Scottish Leaving Certificate Examination, 1952
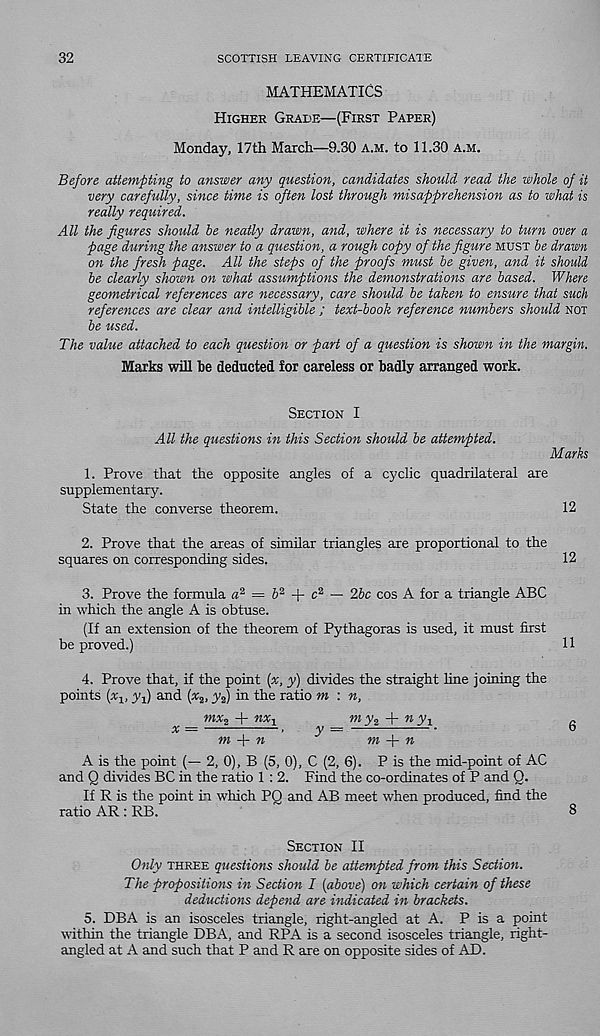
32
SCOTTISH LEAVING CERTIFICATE
MATHEMATICS
Higher Grade—(First Paper)
Monday, 17th March—9.30 a.m. to 11.30 a.m.
Before attempting to answer any question, candidates should read the whole of it
very carefully, since time is often lost through misapprehension as to what is
really required.
All the figures should be neatly drawn, and, where it is necessary to turn over a
page during the answer to a question, a rough copy of the figure must be drawn
on the fresh page. All the steps of the proofs must be given, and it should
be clearly shown on what assumptions the demonstrations are based. Where
geometrical references are necessary, care should be taken to ensure that such
references are clear and intelligible ; text-book reference numbers should not
be used.
The value attached to each question or part of a question is shown in the margin.
Marks will be deducted for careless or badly arranged work.
Section I
All the questions in this Section should be attempted.
Marks
1. Prove that the opposite angles of a cyclic quadrilateral are
supplementary.
State the converse theorem.
12
2. Prove that the areas of similar triangles are proportional to the
squares on corresponding sides.
12
3. Prove the formula « 2 = & 2 + c 2 — 26c cos A for a triangle ABC
in which the angle A is obtuse.
(If an extension of the theorem of Pythagoras is used, it must first
be proved.)
11
4. Prove that, if the point [x, y) divides the straight line joining the
points (%, jq) and (x 2 , y 2 ) in the ratio m : n,
mx 2 + nx 1
m y 2
n y t
g
m -p n
^
m
n
A is the point (— 2, 0), B (5, 0), C (2, 6). P is the mid-point of AC
and Q divides BC in the ratio 1 : 2. Find the co-ordinates of P and Q.
If R is the point in which PQ and AB meet when produced, find the
ratio AR : RB.
8
Section II
Only three questions should be attempted from this Section.
The propositions in Section I {above) on which certain of these
deductions depend are indicated in brackets.
5. DBA is an isosceles triangle, right-angled at A. P is a point
within the triangle DBA, and RPA is a second isosceles triangle, right-
angled at A and such that P and R are on opposite sides of AD.